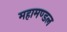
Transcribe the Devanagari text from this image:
महामण्‍डल